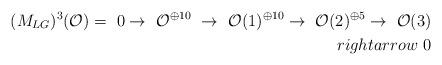
LaTeX: \begin{align*}(M_{LG})^{3}({\cal{O}})=\ 0 \rightarrow\ {\cal{O}}^{\oplus 10}\ \rightarrow\ {\cal{O}}(1)^{\oplus 10}\rightarrow\ {\cal{O}}(2)^{\oplus 5}\rightarrow \ {\cal{O}}(3)\\rightarrow \ 0\end{align*}